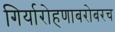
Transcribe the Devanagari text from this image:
गिर्यारोहणाबरोबरच